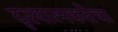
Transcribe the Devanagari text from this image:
दृश्यात्मकतेचा